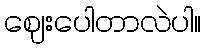
ဈေးပေါတာလဲပါ။